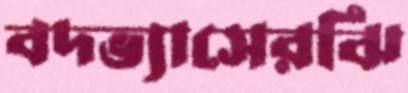
বদভ্যাসেরঝি